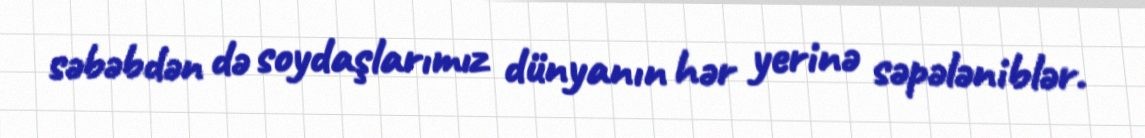
səbəbdən də soydaşlarımız dünyanın hər yerinə səpələniblər.